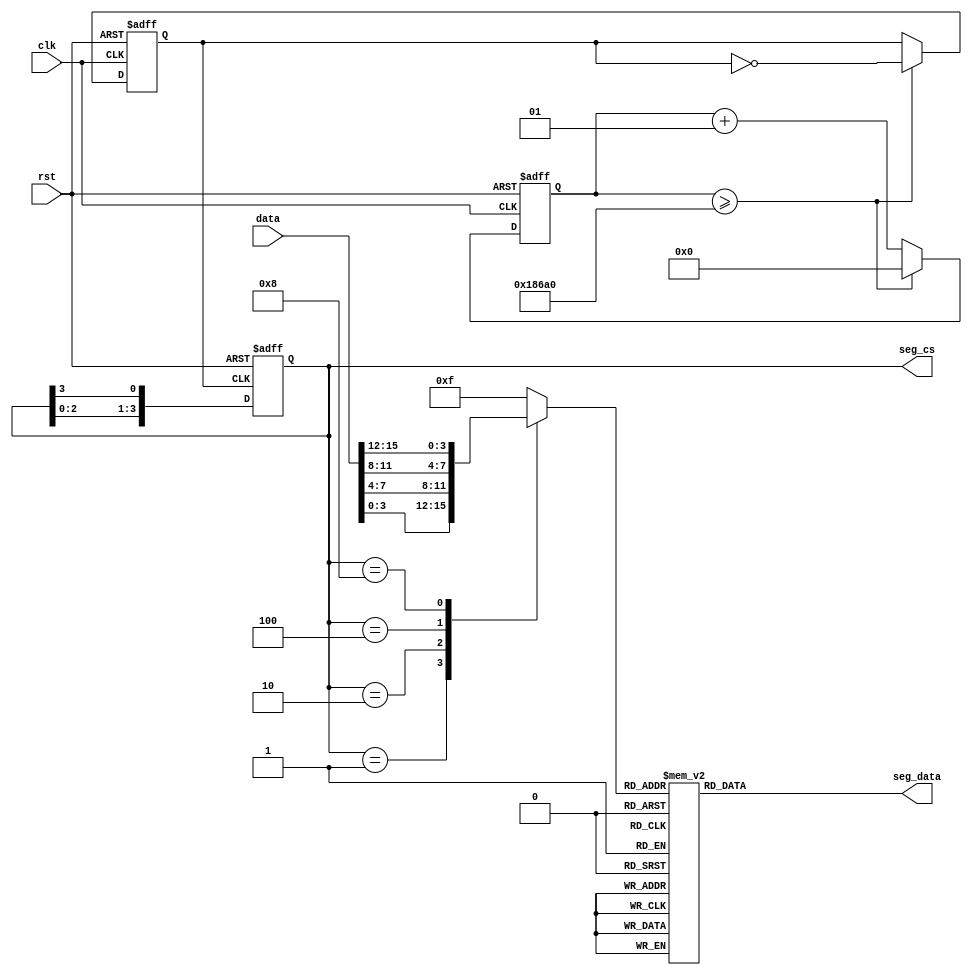
`timescale 1ns / 1ps
//////////////////////////////////////////////////////////////////////////////////
// Company: Tianjian University
// 
// Design Name: 
// Module Name: DIgi_tube
// Project Name: 
// Target Devices: 
// Tool Versions: 
// Description: 
// 
// Dependencies: 
// 
// Revision:
// Revision 0.01 - File Created
// Additional Comments:
// 
//////////////////////////////////////////////////////////////////////////////////

/*
clk100MHz
rst
data4
dis_data:BCD
seg_data
seg_cs
*/

module DIgi_tube(
   input clk,
   input rst,
   input [15:0]data,
   output reg [7:0]seg_data,
   output reg [3:0]seg_cs
    );
   
 reg clk_500HZ;      //50Hz
 integer clk_cnt;
   
//50Hz
 always @(posedge clk or posedge rst)
 begin
    if(rst)
    begin
        clk_500HZ <= 0;
        clk_cnt <= 0;
    end
    else
    begin
        if(clk_cnt >= 100_000)
            begin
                clk_cnt <= 0;
                clk_500HZ <= ~clk_500HZ;
            end
            else
            begin
                clk_cnt <= clk_cnt + 1;
            end
    end
 end
 
////
always @ (posedge clk_500HZ or posedge rst)
    if(rst) 
        seg_cs <= 4'b0001;
    else
        seg_cs <= {seg_cs[2:0], seg_cs[3]};

   
//seg_cs
reg [3:0] dis_data;
always @(seg_cs)
    case(seg_cs)
    4'b0001:dis_data = data[3:0];
    4'b0010:dis_data = data[7:4];
    4'b0100:dis_data = data[11:8];
    4'b1000:dis_data = data[15:12];
    default:dis_data = 4'hf;
    endcase

//BCD
always @(dis_data)
case(dis_data)
    04'h0:seg_data = 8'h3F;
    04'h1:seg_data = 8'h06;
    04'h2:seg_data = 8'h5B;
    04'h3:seg_data = 8'h4F;
    04'h4:seg_data = 8'h66;
    04'h5:seg_data = 8'h6D;
    04'h6:seg_data = 8'h7D;
    04'h7:seg_data = 8'h07;
    04'h8:seg_data = 8'h7F;
    04'h9:seg_data = 8'h6F;
    04'ha:seg_data = 8'h77;
    04'hb:seg_data = 8'h7C;
    04'hc:seg_data = 8'h39;
    04'hd:seg_data = 8'h5E;
    04'he:seg_data = 8'h79;
    04'hf:seg_data = 8'h71;
    default:seg_data = 8'hFF;
    endcase

endmodule